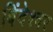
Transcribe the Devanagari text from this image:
बिंदेश्‍वर